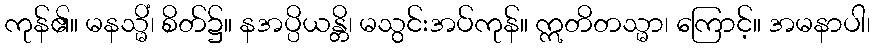
ကုန်၏။ မနသ္မိံ၊ စိတ်၌။ နအပ္ပိယန္တိ၊ မသွင်းအပ်ကုန်။ ဣတိတသ္မာ၊ ကြောင့်။ အမနာပါ၊